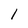
Character: l